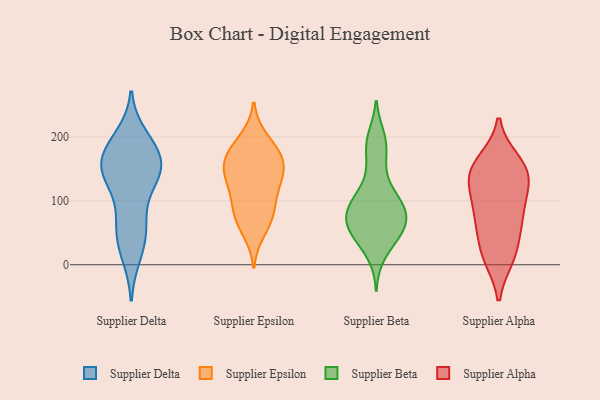
{"axis": {"x": "Demand Index", "y": "Value"}, "legend": ["Supplier Alpha", "Supplier Beta", "Supplier Delta", "Supplier Epsilon"], "data": [{"x": "", "y": 65, "type": "Supplier Delta"}, {"x": "", "y": 56, "type": "Supplier Delta"}, {"x": "", "y": 65, "type": "Supplier Delta"}, {"x": "", "y": 173, "type": "Supplier Delta"}, {"x": "", "y": 143, "type": "Supplier Delta"}, {"x": "", "y": 162, "type": "Supplier Delta"}, {"x": "", "y": 137, "type": "Supplier Delta"}, {"x": "", "y": 16, "type": "Supplier Delta"}, {"x": "", "y": 27, "type": "Supplier Delta"}, {"x": "", "y": 186, "type": "Supplier Delta"}, {"x": "", "y": 147, "type": "Supplier Delta"}, {"x": "", "y": 142, "type": "Supplier Delta"}, {"x": "", "y": 199, "type": "Supplier Delta"}, {"x": "", "y": 185, "type": "Supplier Delta"}, {"x": "", "y": 157, "type": "Supplier Delta"}, {"x": "", "y": 124, "type": "Supplier Delta"}, {"x": "", "y": 173, "type": "Supplier Epsilon"}, {"x": "", "y": 130, "type": "Supplier Epsilon"}, {"x": "", "y": 197, "type": "Supplier Epsilon"}, {"x": "", "y": 76, "type": "Supplier Epsilon"}, {"x": "", "y": 115, "type": "Supplier Epsilon"}, {"x": "", "y": 52, "type": "Supplier Epsilon"}, {"x": "", "y": 75, "type": "Supplier Epsilon"}, {"x": "", "y": 145, "type": "Supplier Epsilon"}, {"x": "", "y": 184, "type": "Supplier Epsilon"}, {"x": "", "y": 84, "type": "Supplier Epsilon"}, {"x": "", "y": 160, "type": "Supplier Epsilon"}, {"x": "", "y": 159, "type": "Supplier Epsilon"}, {"x": "", "y": 118, "type": "Supplier Epsilon"}, {"x": "", "y": 155, "type": "Supplier Epsilon"}, {"x": "", "y": 93, "type": "Supplier Beta"}, {"x": "", "y": 193, "type": "Supplier Beta"}, {"x": "", "y": 72, "type": "Supplier Beta"}, {"x": "", "y": 51, "type": "Supplier Beta"}, {"x": "", "y": 57, "type": "Supplier Beta"}, {"x": "", "y": 65, "type": "Supplier Beta"}, {"x": "", "y": 40, "type": "Supplier Beta"}, {"x": "", "y": 200, "type": "Supplier Beta"}, {"x": "", "y": 100, "type": "Supplier Beta"}, {"x": "", "y": 154, "type": "Supplier Beta"}, {"x": "", "y": 127, "type": "Supplier Beta"}, {"x": "", "y": 15, "type": "Supplier Beta"}, {"x": "", "y": 98, "type": "Supplier Beta"}, {"x": "", "y": 96, "type": "Supplier Beta"}, {"x": "", "y": 80, "type": "Supplier Beta"}, {"x": "", "y": 181, "type": "Supplier Beta"}, {"x": "", "y": 56, "type": "Supplier Beta"}, {"x": "", "y": 46, "type": "Supplier Beta"}, {"x": "", "y": 86, "type": "Supplier Beta"}, {"x": "", "y": 151, "type": "Supplier Alpha"}, {"x": "", "y": 132, "type": "Supplier Alpha"}, {"x": "", "y": 158, "type": "Supplier Alpha"}, {"x": "", "y": 75, "type": "Supplier Alpha"}, {"x": "", "y": 23, "type": "Supplier Alpha"}, {"x": "", "y": 66, "type": "Supplier Alpha"}, {"x": "", "y": 135, "type": "Supplier Alpha"}, {"x": "", "y": 113, "type": "Supplier Alpha"}, {"x": "", "y": 12, "type": "Supplier Alpha"}, {"x": "", "y": 90, "type": "Supplier Alpha"}, {"x": "", "y": 63, "type": "Supplier Alpha"}, {"x": "", "y": 135, "type": "Supplier Alpha"}, {"x": "", "y": 11, "type": "Supplier Alpha"}, {"x": "", "y": 162, "type": "Supplier Alpha"}]}